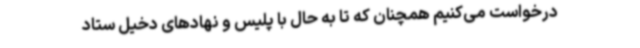
درخواست می‌کنیم همچنان که تا به‌ حال با پلیس و نهادهای دخیل ستاد